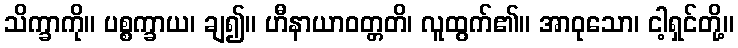
သိက္ခာကို။ ပစ္စက္ခာယ၊ ချ၍။ ဟီနာယာဝတ္တတိ၊ လူထွက်၏။ အာဝုသော၊ ငါ့ရှင်တို့။